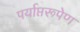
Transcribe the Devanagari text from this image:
पर्याप्तरूपेण